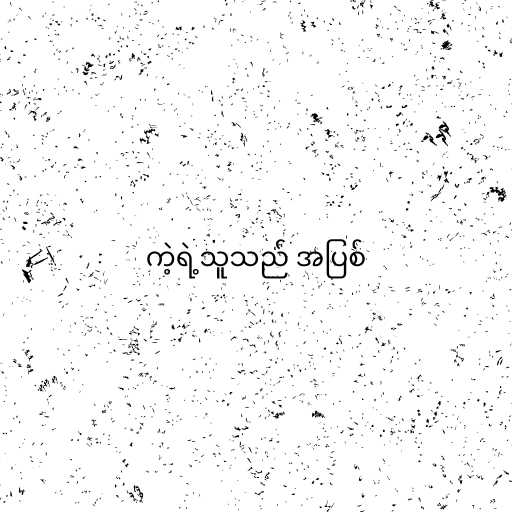
ကဲ့ရဲ့သူသည် အပြစ်